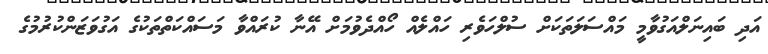
އަދި ބައިނަލްއަގުވާމީ މައްސަލަތަކަށް ސުލްހަވެރި ހައްލެއް ހޯއްދެވުމަށް އޭނާ ކުރައްވާ މަސައްކަތްތަކުގެ އަގުވަޒަންކުރުމުގެ